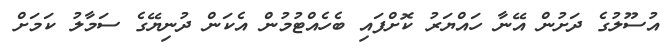
އުސޫލުގެ ދަށުން އޭނާ ހައްޔަރު ކޮށްފައި ބެހެއްޓުމުން އެކަން ދުނިޔޭގެ ސަމާލު ކަމަށް